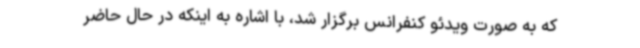
که به صورت ویدئو کنفرانس برگزار شد، با اشاره به اینکه در حال حاضر